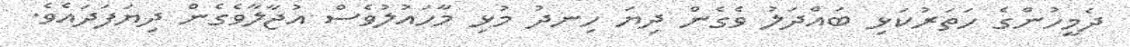
ދެމީހުންގެ ހަތަރުކަޅި ބައްދަލު ވެގެން ދިޔަ ހިނދު މުޅި މާހައުލުވެސް އުޖާލާވެގެން ދިޔަފަދައެވެ.